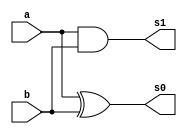
//----------------------------------
//Exercicio01_Guia05 - XOR
//Nome:Bruno Calil Nicoliello Moreira
//----------------------------------

//--Soma Completa (com 3 bits)

module meiasoma (s0, s1, a, b);
output s0, s1;
input a, b;

xor XOR ( s0, a, b );
and AND ( s1, a, b );

endmodule // meiasoma


module somacompleta ( s0, s1, a, b, c );
output s0, s1;
input a, b, c;

meiasoma M0 ( s2, s3, a, b) ;
meiasoma M1 ( s0, s4, c, s2);
or       OR0 (s1, s3, s4);

endmodule // somacompleta


module tresbits ( s0, s1, s2, s3, s4, s5, a0, a1, a2, b0, b1, b2 );
output s0, s1, s2, s3, s4, s5;
input a0, a1, a2, b0, b1, b2;

meiasoma T0 ( s0, s4, a0, b0 );
somacompleta T1 ( s1, s5, a1, b1, s4 );
somacompleta T2 ( s2, s3, a2, b2, s5 );

endmodule // tresbits

//--teste

module testetresbits;
reg a0, a1, a2, b0, b1, b2 ;
wire s0, s1, s2, s3;

tresbits TOTAL ( s0, s1, s2, s3, s4, s5, a0, a1, a2, b0, b1, b2 );

 initial begin
      $display("Exercicio01_Guia05 - Bruno Calil Nicoliello Moreira - 405790");
      $display("Teste da Soma completa (3BITS)");
      $display("\n a  +  b   =  s3s2s1s0\n");
        
		$monitor("  %b%b%b  +  %b%b%b   =  %b%b%b%b",  a2, a1, a0, b2, b1, b0, s3, s2, s1, s0);

       a0=0; a1=0; a2=0; b0=0; b1=0; b2=0;
#1     a0=1; a1=1; a2=1; b0=1; b1=1; b2=1;
#1     a0=0; a1=1; a2=1; b0=1; b1=1; b2=1;
#1     a0=1; a1=1; a2=0; b0=1; b1=1; b2=1;


 end

endmodule //teste